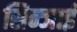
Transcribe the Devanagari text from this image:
सिन्जाई